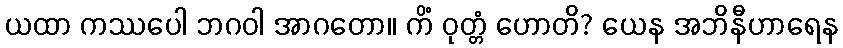
ယထာ ကဿပေါ ဘဂဝါ အာဂတော။ ကိံ ဝုတ္တံ ဟောတိ? ယေန အဘိနီဟာရေန